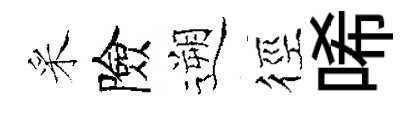
采險遡徑唏